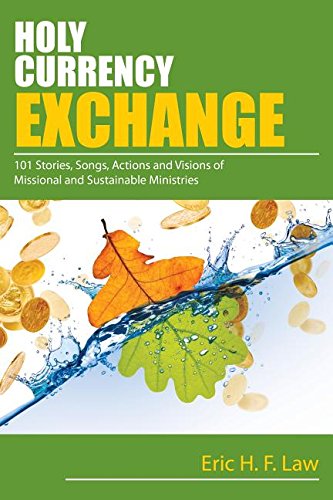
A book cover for Holy Currency Exchange: 101 Stories, Songs, Actions and Visions for Missional and Sustainable Ministries; Rev. Eric Law; Christian Books & Bibles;